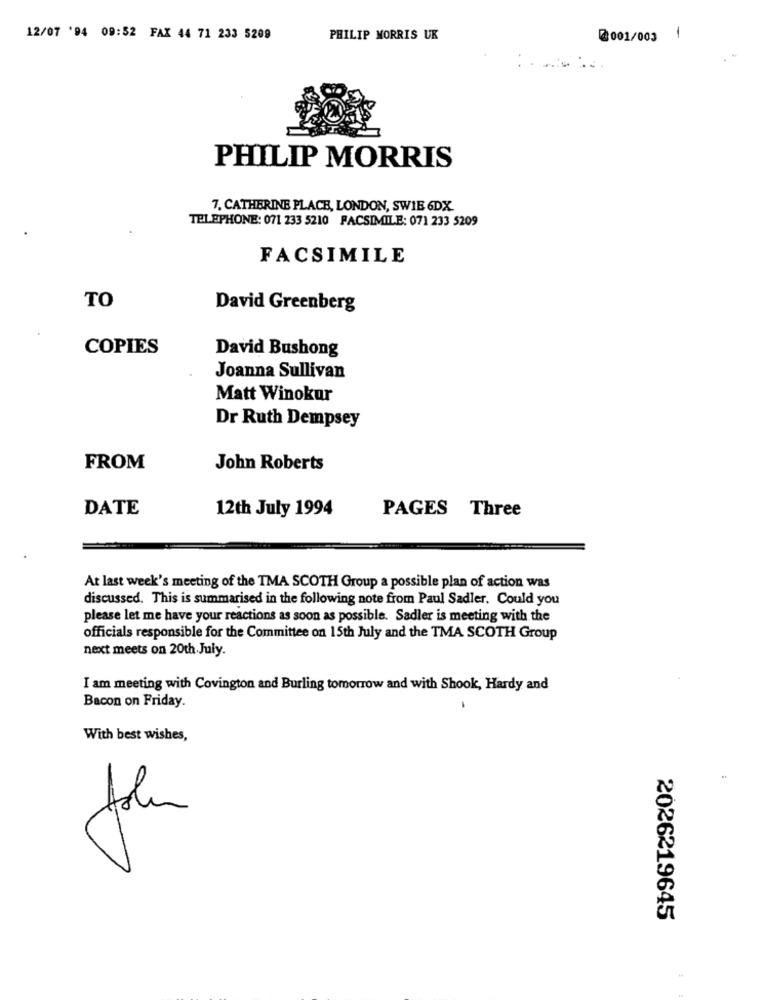
12/07 '94 09:52 FAX 44 71 233 5209
PHILIP MORRIS UK
@001/003
1
PHILIP MORRIS
7. CATHERINE PLACE, LONDON, SWIE 6DX.
TELEPHONE: 071 233 5210 FACSIMILE: 071 233 5209
FACSIMILE
TO
David Greenberg
COPIES
David Bushong
Joanna Sullivan
Matt Winokur
Dr Ruth Dempsey
FROM
John Roberts
DATE
12th July 1994
PAGES Three
At last week's meeting of the TMA SCOTH Group a possible plan of action was
discussed. This is summarised in the following note from Paul Sadler. Could you
please let me have your reactions as soon as possible. Sadler is meeting with the
officials responsible for the Committee on 15th July and the TMA SCOTH Group
next meets on 20th July.
I am meeting with Covington and Burling tomorrow and with Shook, Hardy and
Bacon on Friday.
With best wishes,
2026219645